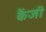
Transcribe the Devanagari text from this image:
कैंजी